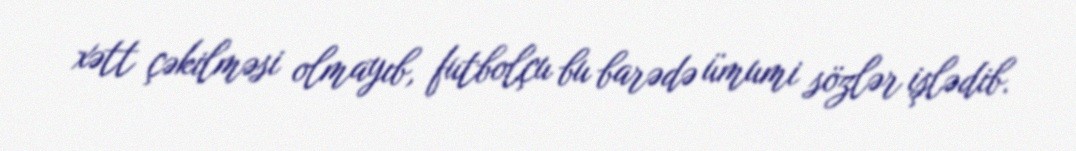
xətt çəkilməsi olmayıb, futbolçu bu barədə ümumi sözlər işlədib.